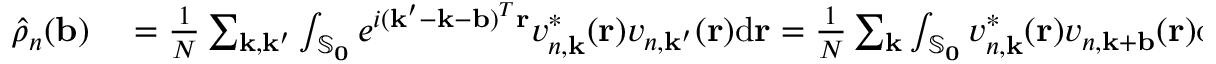
\begin{array} { r l } { \hat { \rho } _ { n } ( \mathbf { b } ) } & { { } = \frac { 1 } { N } \sum _ { \mathbf { k } , \mathbf { k } ^ { \prime } } \int _ { \mathbb { S } _ { \mathbf { 0 } } } e ^ { i ( \mathbf { k } ^ { \prime } - \mathbf { k } - \mathbf { b } ) ^ { T } \mathbf { r } } v _ { n , \mathbf { k } } ^ { * } ( \mathbf { r } ) v _ { n , \mathbf { k } ^ { \prime } } ( \mathbf { r } ) \mathrm { d } \mathbf { r } = \frac { 1 } { N } \sum _ { \mathbf { k } } \int _ { \mathbb { S } _ { \mathbf { 0 } } } v _ { n , \mathbf { k } } ^ { * } ( \mathbf { r } ) v _ { n , \mathbf { k } + \mathbf { b } } ( \mathbf { r } ) \mathrm { d } \mathbf { r } . } \end{array}